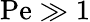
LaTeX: \mathrm{Pe}\gg 1